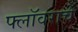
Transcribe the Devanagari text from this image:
फ्लॉवराचे